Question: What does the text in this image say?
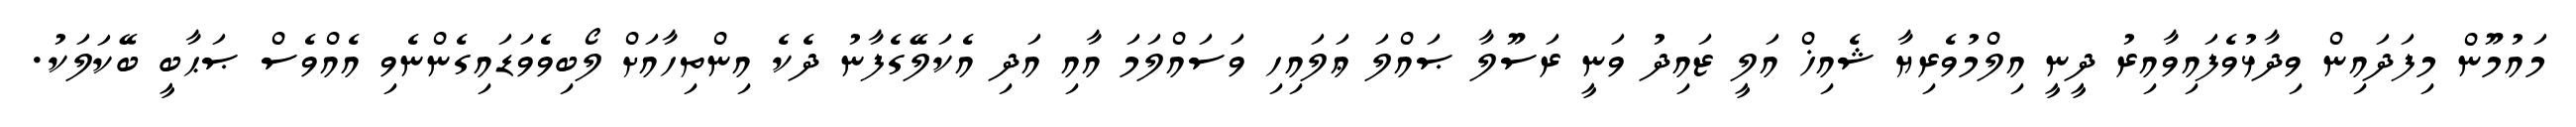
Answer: މައުމޫން މިފަދައިން ވިދާޅުވެފައިވާއިރު ދީނީ އިލްމުވެރިޔާ ޝެއިޚް އަލީ ޒައިދު ވަނީ ރަސޫލާ ޞައްލަ ޢަލައިހި ވަސައްލަމަ އާއި އަދި އެކަލޭގެފާނު ދެކެ އިންތިހާއަށް ލޯބިވެވަޑައިގެންނެވި އެއްވެސް ޞަޙާބީ ބޭކަލަކު.